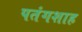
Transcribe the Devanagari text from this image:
पतंगशाह